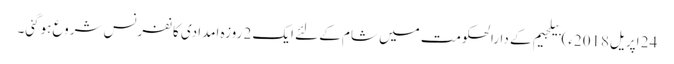
24 اپریل2018ء) بیلجیم کے دارالحکومت میں شام کے لئے ایک 2 روزہ امدادی کانفرنس شروع ہوگئی۔